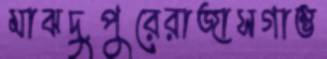
মাঝদুপুরেরাজাসগাম্ভ